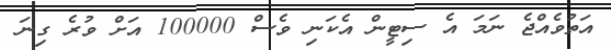
އަތުވެއްޖެ ނަމަ އެ ސިޓީން އެކަނި ވެސް 100000 އަށް ވުރެ ގިނަ